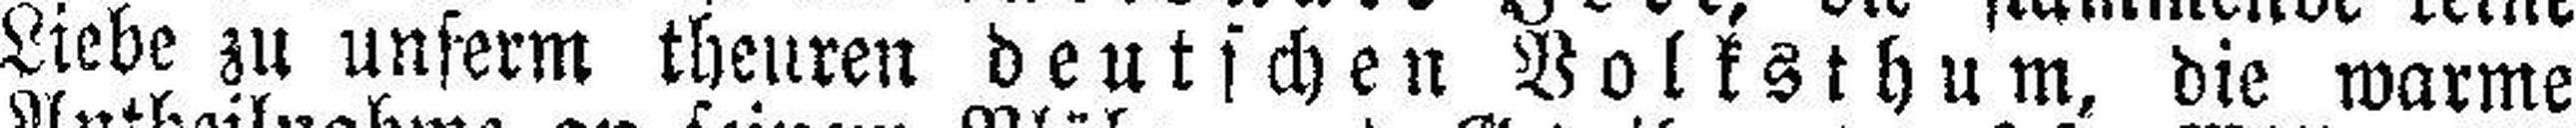
Liebe zu unserm theuren deutschen Volksthum, die warme